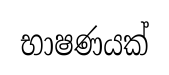
භාෂණයක්